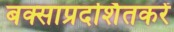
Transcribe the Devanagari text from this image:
बक्साप्रदर्शितकरें